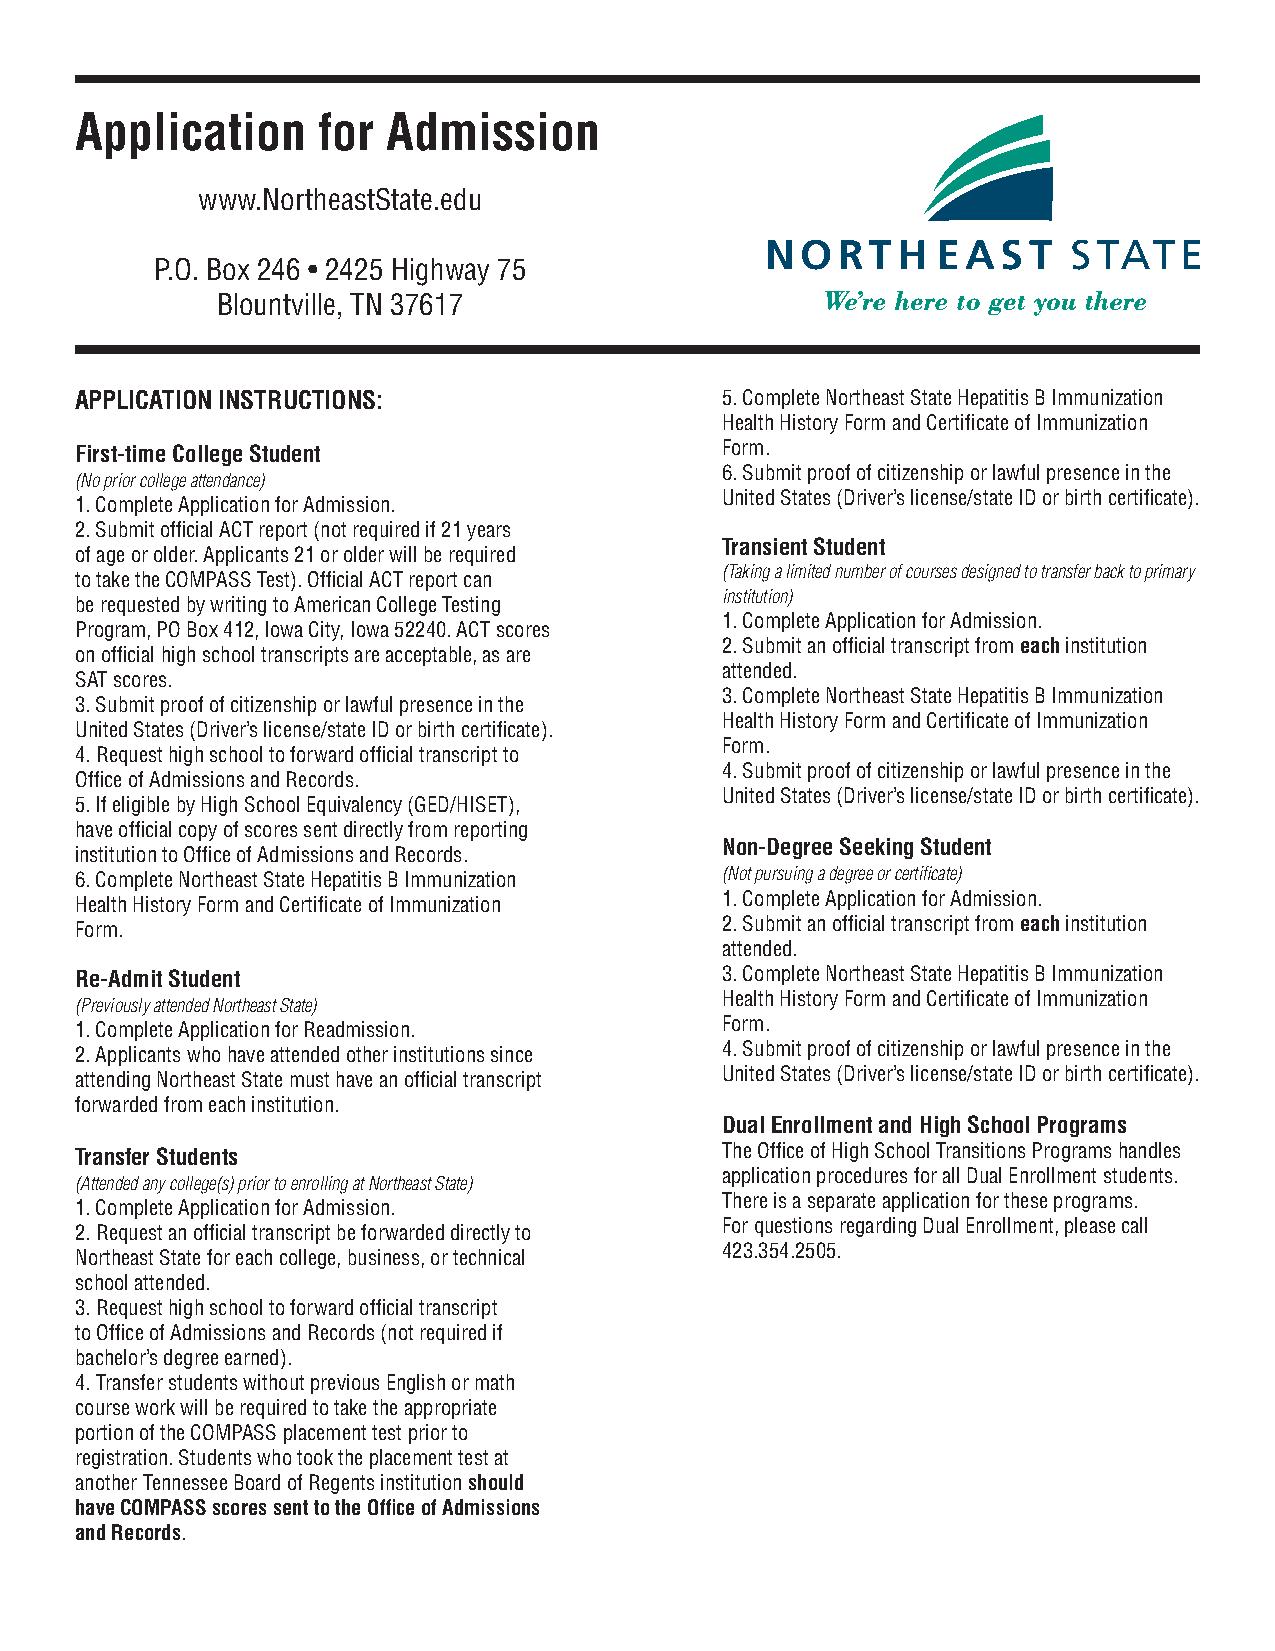
Application     for  Admission
 www.NortheastState.edu
 P.O. Box 246 • 2425 Highway 75
 Blountville, TN 37617
 APPLICATION INSTRUCTIONS:                  5. Complete Northeast State Hepatitis B Immunization
 Health History Form and Certificate of Immunization
 First-time College Student                 Form.
 6. Submit proof of citizenship or lawful presence in the
 (No prior college attendance)
 United States (Driver’s license/state ID or birth certificate).
 1. Complete Application for Admission.
 2. Submit official ACT report (not required if 21 years
 Transient Student
 of age or older. Applicants 21 or older will be required
 (Taking a limited number of courses designed to transfer back to primary
 to take the COMPASS Test). Official ACT report can
 institution)
 be requested by writing to American College Testing
 1. Complete Application for Admission.
 Program, PO Box 412, Iowa City, Iowa 52240. ACT scores
 2. Submit an official transcript from each institution
 on official high school transcripts are acceptable, as are
 attended.
 SAT scores.
 3. Complete Northeast State Hepatitis B Immunization
 3. Submit proof of citizenship or lawful presence in the
 Health History Form and Certificate of Immunization
 United States (Driver’s license/state ID or birth certificate).
 Form.
 4. Request high school to forward official transcript to
 4. Submit proof of citizenship or lawful presence in the
 Office of Admissions and Records.
 United States (Driver’s license/state ID or birth certificate).
 5. If eligible by High School Equivalency (GED/HISET),
 have official copy of scores sent directly from reporting
 Non-Degree Seeking Student
 institution to Office of Admissions and Records.
 6. Complete Northeast State Hepatitis B Immunization (Not pursuing a degree or certificate)
 1. Complete Application for Admission.
 Health History Form and Certificate of Immunization
 2. Submit an official transcript from each institution
 Form.
 attended.
 Re-Admit Student                           3. Complete Northeast State Hepatitis B Immunization
 Health History Form and Certificate of Immunization
 (Previously attended Northeast State)
 Form.
 1. Complete Application for Readmission.
 4. Submit proof of citizenship or lawful presence in the
 2. Applicants who have attended other institutions since
 United States (Driver’s license/state ID or birth certificate).
 attending Northeast State must have an official transcript
 forwarded from each institution.
 Dual Enrollment and High School Programs
 Transfer Students                          The Office of High School Transitions Programs handles
 application procedures for all Dual Enrollment students.
 (Attended any college(s) prior to enrolling at Northeast State)
 There is a separate application for these programs.
 1. Complete Application for Admission.
 For questions regarding Dual Enrollment, please call
 2. Request an official transcript be forwarded directly to
 423.354.2505.
 Northeast State for each college, business, or technical
 school attended.
 3. Request high school to forward official transcript
 to Office of Admissions and Records (not required if
 bachelor’s degree earned).
 4. Transfer students without previous English or math
 course work will be required to take the appropriate
 portion of the COMPASS placement test prior to
 registration. Students who took the placement test at
 another Tennessee Board of Regents institution should
 have COMPASS scores sent to the Office of Admissions
 and Records.